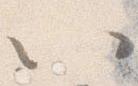
以